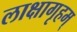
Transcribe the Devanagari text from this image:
लाक्षागृहम्